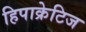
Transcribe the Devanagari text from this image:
हिपाक्रेटिज